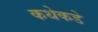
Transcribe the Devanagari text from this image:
कथेकडे